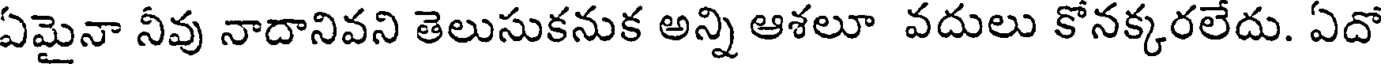
ఏమైనా నీవు నాదానివని తెలుసుకనుక అన్ని ఆశలూ వదులు కోనక్కరలేదు. ఏదో